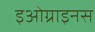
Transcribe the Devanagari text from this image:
इओग्राइनस